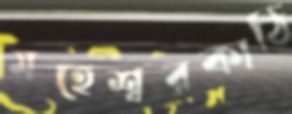
মহেশ্বরকাঠি